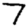
Digit: 7